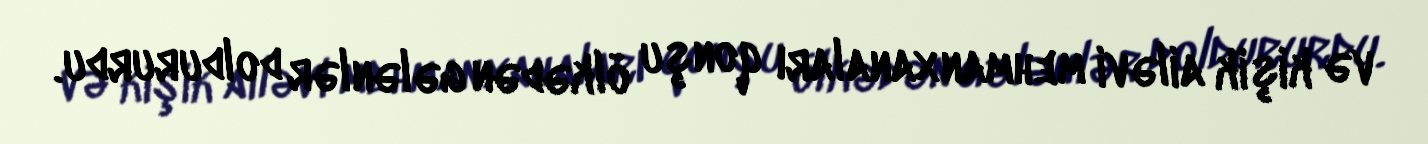
və kişik ailəvi mehmanxanaları qonşu ölkədən gələnlər doldururdu.